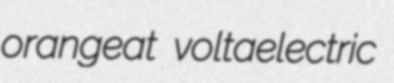
orangeat voltaelectric